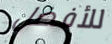
للأفضل